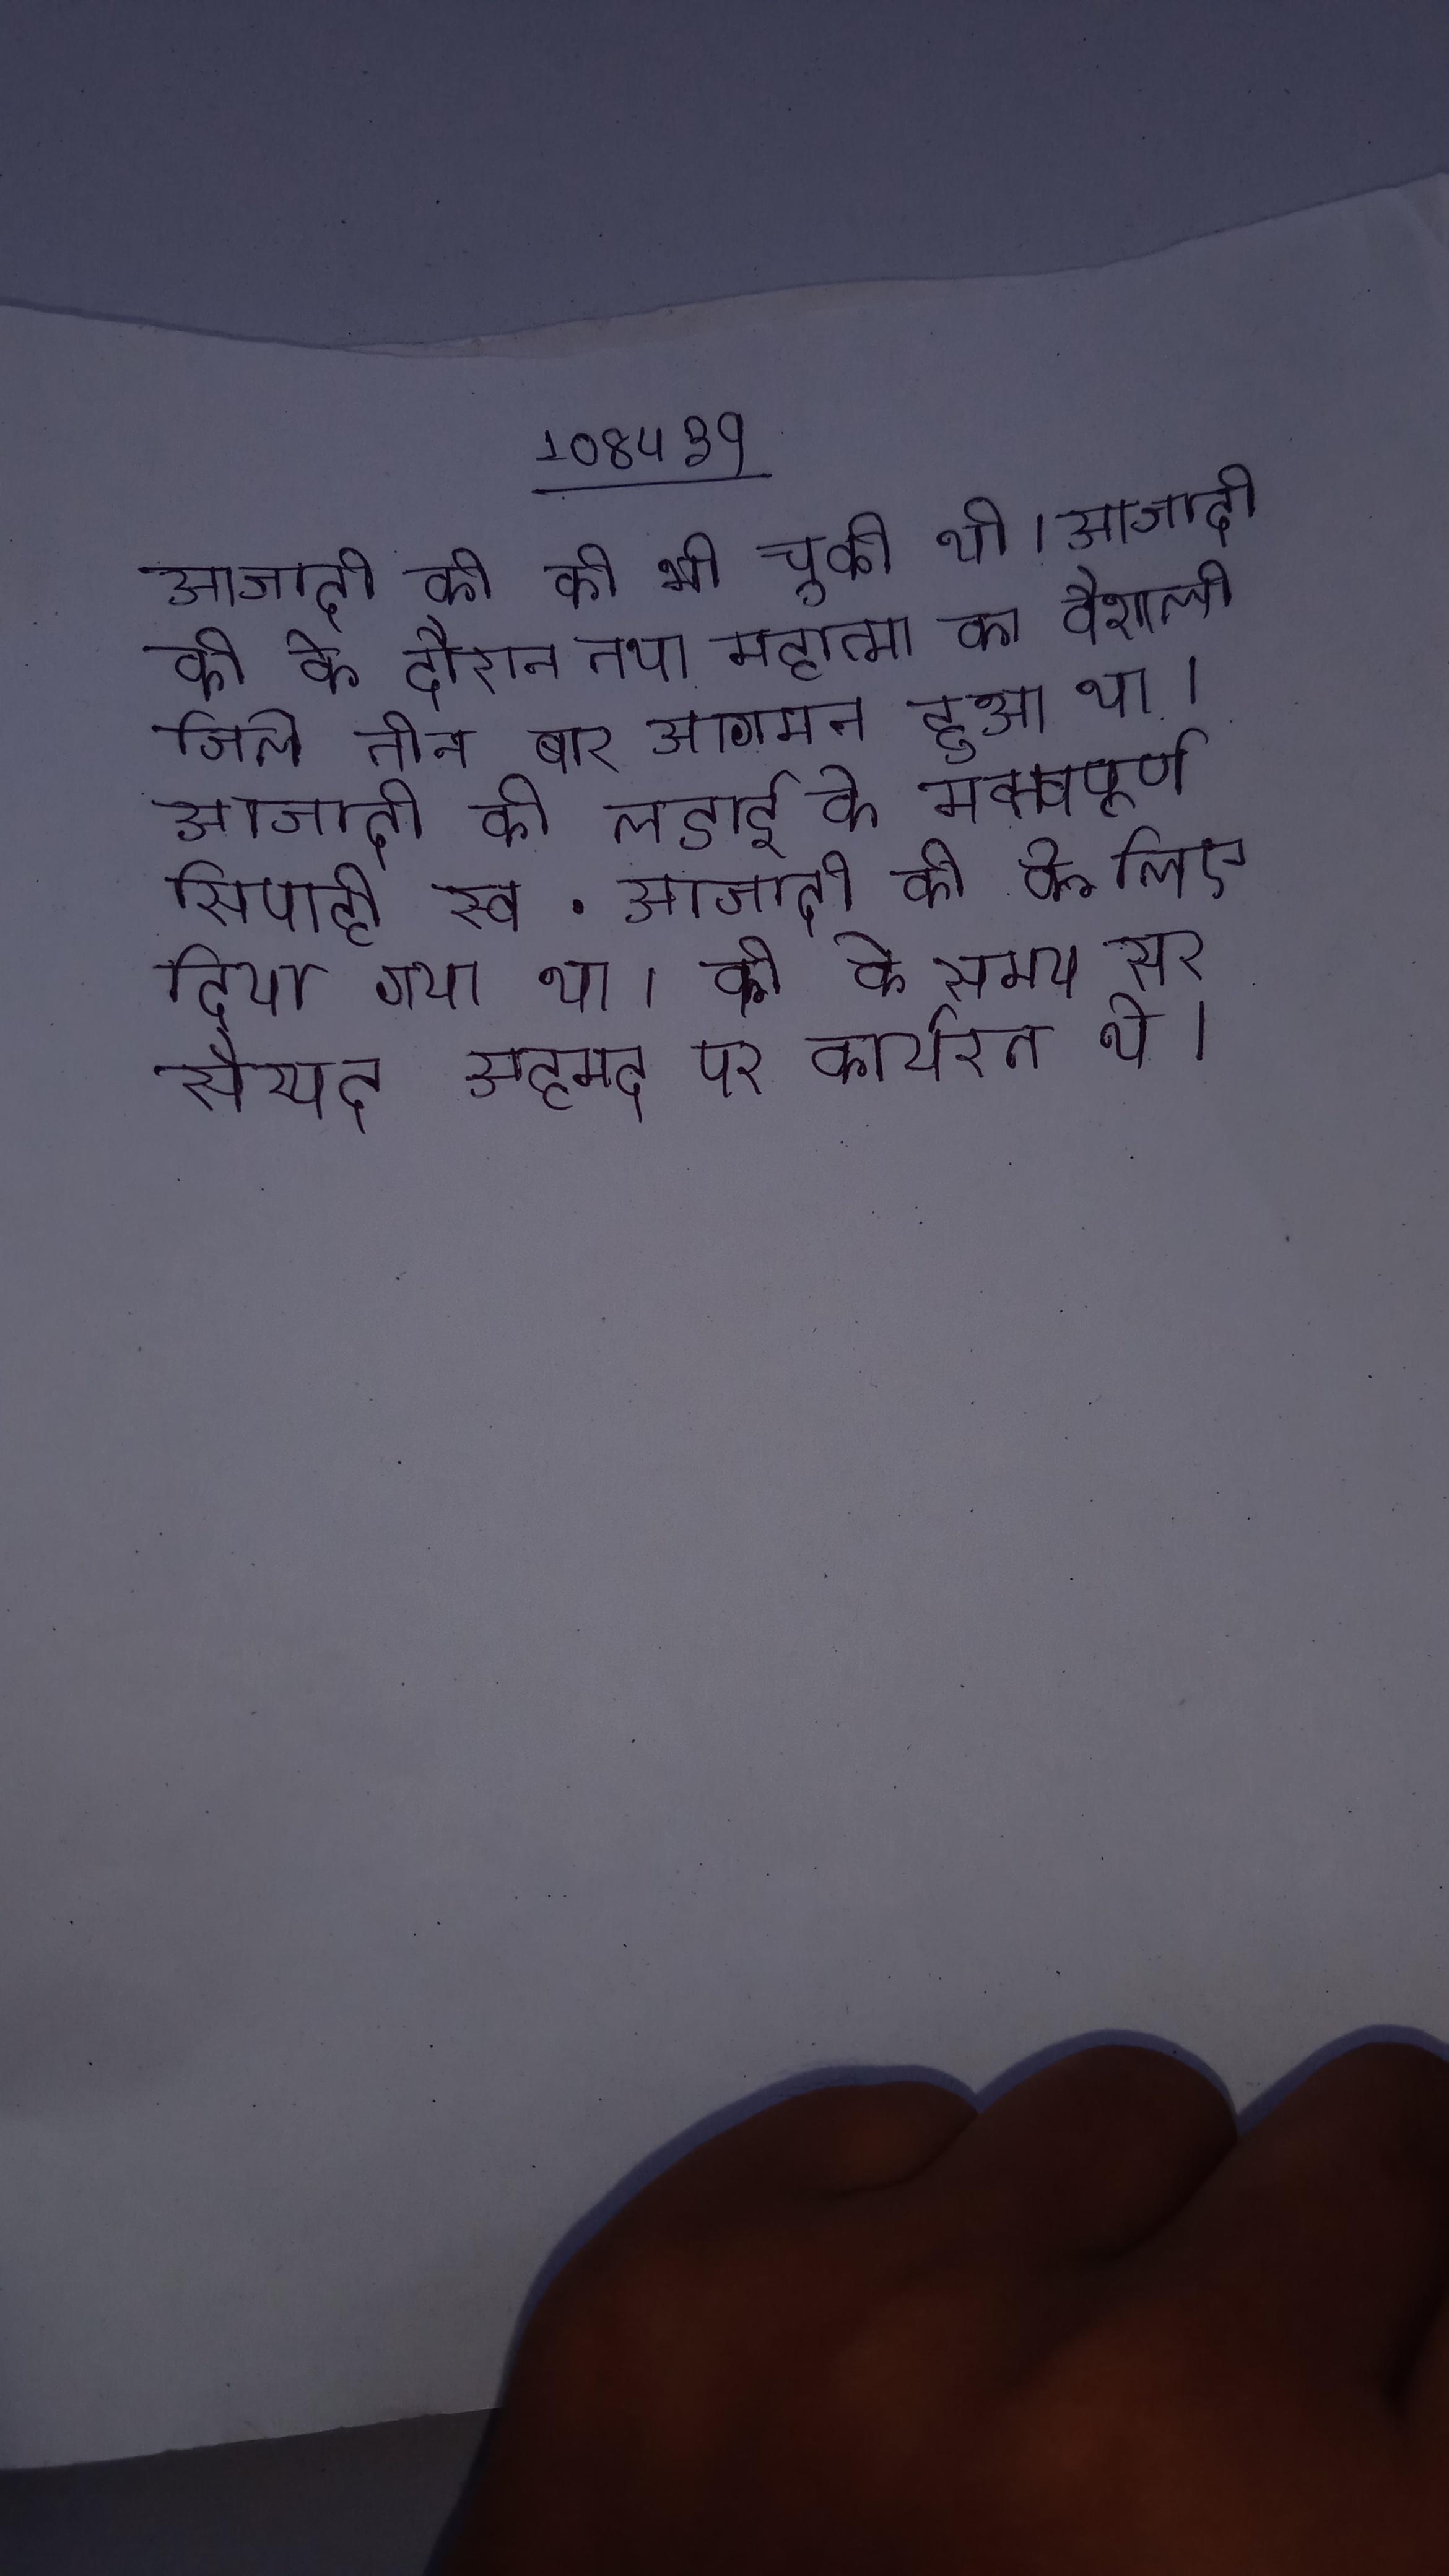
आजादी की की भी चुकी थी । आजादी की के दौरान तथा महात्मा का वैशाली जिले तीन बार आगमन हुआ था । आजादी की लडाई के मह्त्वपूर्ण सिपाही स्व . आजादी की के लिए दिया गया था । की के समय सर सैय्यद अहमद पर कार्यरत थे ।